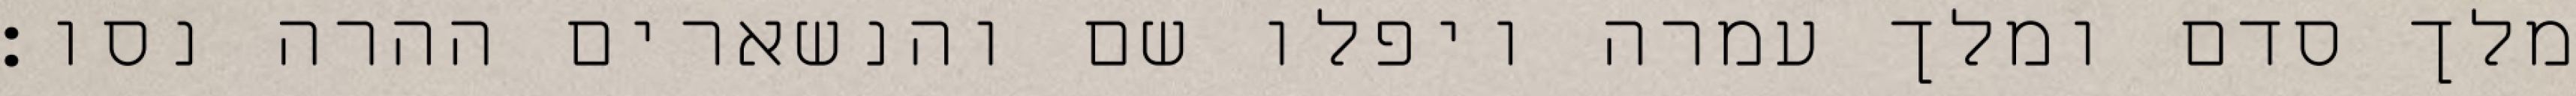
מלך סדם ומלך עמרה ויפלו שם והנשארים ההרה נסו׃